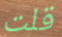
قلت